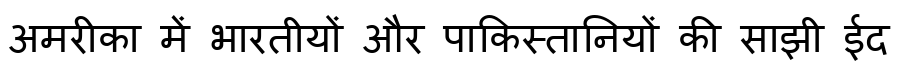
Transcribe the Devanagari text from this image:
अमरीका में भारतीयों और पाकिस्तानियों की साझी ईद